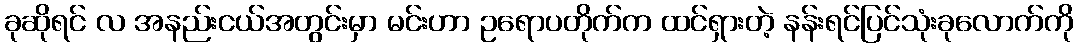
ခုဆိုရင် လ အနည်းငယ်အတွင်းမှာ မင်းဟာ ဥရောပတိုက်က ထင်ရှားတဲ့ နန်းရင်ပြင်သုံးခုလောက်ကို